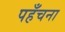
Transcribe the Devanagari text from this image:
पहँचना